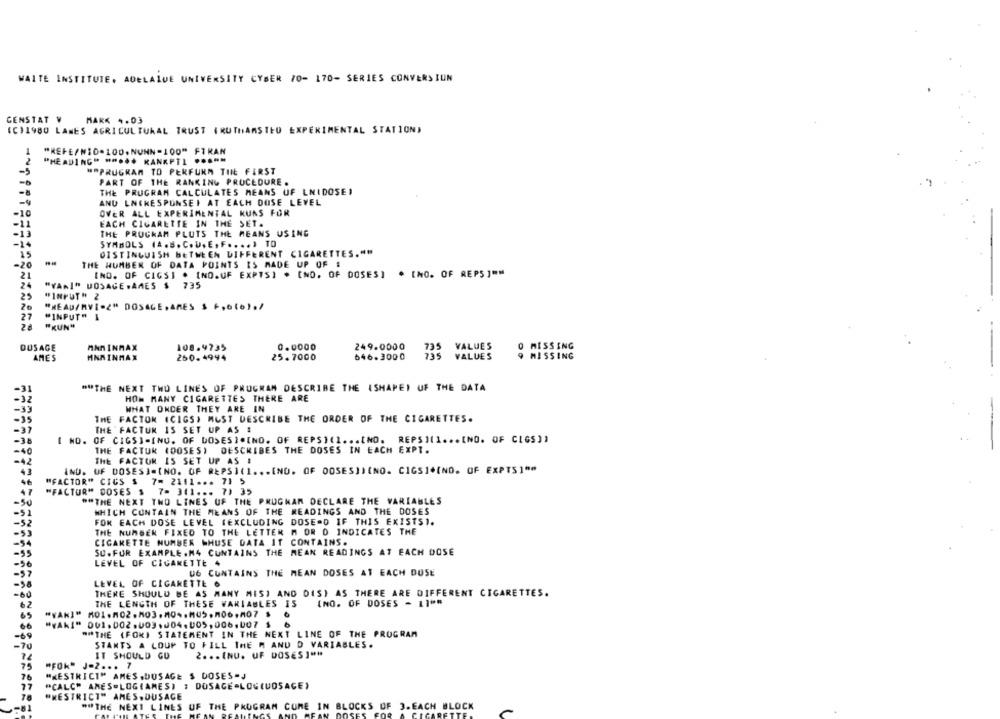
WAITE INSTITUTE. ADELAIDE UNIVERSITY CYBER 70- 170- SERIES CONVERSIUN
GENSTAT V
MARK 4.03
(C)1980 LAMES AGRICULTURAL TRUST (RUTHAMSILU EXPERIMENTAL STATION)
"REFE/NID.100,NUNN-100" FTRAN
"HEADING* ***** KANKETI *****
#SPRUGRAM TO PERFURM THE FIRST
PART OF THE RANKING PROCEDURE.
THE PROGRAM CALCULATES MEANS UF LNIDOSE,
-4
AND LNIKESPUNSEI AT EACH DOSE LEVEL
-10
OVER ALL EXPERIMENTAL KUNS FOR
-11
EACH CIGARETTE IN THE SET.
-13
THE PRUCKAM PLUTS THE MEANS USING
-14
SYMBOLS (A.B. C. U. E, F. . .. ) TO
DISTINGUISH BETWEEN DIFFERENT CIGARETTES.""
15
-20
THE NUMBER OF DATA POINTS IS MADE UP OF #
21
IND. OF CIGSI . (NO.UF EXPTS) . [NO. OF DOSES] . [NO. OF REPS ]""
24
"VARI" DOSAGE .AMES $ 735
25
"INPUT" 2
20
"HEAD/MVI-2" DOSAGE,ARES $ F,oto)./
27
"INPUT" 1
"KUN"
0.0000
249.0000
VALUES
O MISSING
DUSAGE
MNn INMAX
108.9735
AMES
HNMINMAX
260.4944
25.7000
646.3000
VALUES
9 MISSING
""THE NEXT TWO LINES OF PROGRAM DESCRIBE THE (SHAPEI UF THE DATA
HOW MANY CIGARETTES THERE ARE
WHAT ONDER THEY ARE IN
THE FACTOR (CIGS, MUST DESCRIBE THE ORDER OF THE CIGARETTES.
THE FACTUR 15 SET UP AS #
I NO. OF CIGS)-INU. OF DOSESI*INO. OF REPS)(1 ... [NO. REPS]11 ... [NO. OF CIGS))
40
THE FACTUR (DOSES) DESCRIBES THE DOSES IN EACH EXPT.
42
THE FACTOR IS SET UP AS !
IND. UF DOSES]=(NO. OF REPS](1 ... [NU. OF OOSES])(NO. CIGS]*(NO. OF EXPTS1""
"FACTOR" CICS $ 7= 2111 ... 71 5
47
"FACTUR" DOSES $ 7- 3(1 ... 7) 35
50
""THE NEXT TWO LINES OF THE PRUGKAM DECLARE THE VARIABLES
WHICH CONTAIN THE MEANS OF THE READINGS AND THE DOSES
FOK EACH DOSE LEVEL (EXCLUDING DOSE.D IF THIS EXISTS).
THE NUMBER FIXED TO THE LETTER M OR O INDICATES THE
CIGARETTE NUMBER WHUSE DATA IT CONTAINS.
SU. FOR EXAMPLE.M4 CUNTAINS THE MEAN READINGS AT EACH DOSE
56
LEVEL OF CIGARETTE 4
57
U6 CUNTAINS THE MEAN DOSES AT EACH DUSE
5.6
LEVEL OF CIGARETTE &
THERE SHOULD BE AS MANY MISI AND DISI AS THERE ARE DIFFERENT CIGARETTES.
THE LENGTH OF THESE VARIABLES IS
(NO. OF DOSES - 11""
65
66
"YAKI" 001,002.003,004.005,006,007 3 6
""THE (FOKI STATEMENT IN THE NEXT LINE OF THE PROGRAM
-69
STARTS A LOUP TO FILL THE M AND D VARIABLES.
2 ... (NU. UF DOSES ]""
IT SHOULD GU
75
"FOK" J-2 ... 7
"RESTRICT" AMES ,DOSAGE $ DOSES-J
77
"CALC" AMES=LOGIAMES) ; DOSAGE-LOGIDOSAGE)
"RESTRICT" AMES, DUSAGE
""THE NEXT LINES OF THE PROGRAM CUME IN BLOCKS OF 3.EACH BLOCK
SES
ECICARE